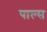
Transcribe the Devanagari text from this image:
पाल्स